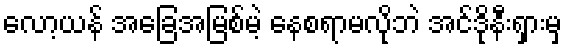
လော့ယန် အခြေအမြစ်မဲ့ နေစရာမလိုဘဲ အင်ဒိုနီးရှားမှ